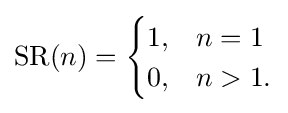
\operatorname {SR} (n)={\begin{cases}1,&n=1\\0,&n>1.\end{cases}}